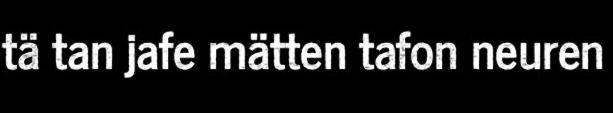
tä tan jafe mätten tafon neuren